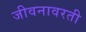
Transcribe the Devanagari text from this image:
जीवनावरती